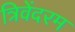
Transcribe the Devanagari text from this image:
त्रिवेंदरम